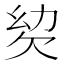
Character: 𣢢